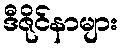
ဒီဇိုင်နာများ